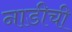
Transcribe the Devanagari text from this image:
नाडीची